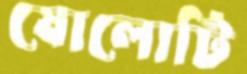
ষোলোটি